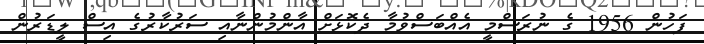
ފަހުން 1956 ގެ ނުރަސްމީ އެއްބަސްވުމާ ދެކޮޅަށް އާންމުންނާއި ސަރުކާރުގެ އިސް ލީޑަރުން